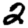
Digit: 2